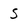
Character: S